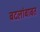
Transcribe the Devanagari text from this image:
बदलांबाबत